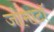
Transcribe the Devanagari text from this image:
जोमाटॉ